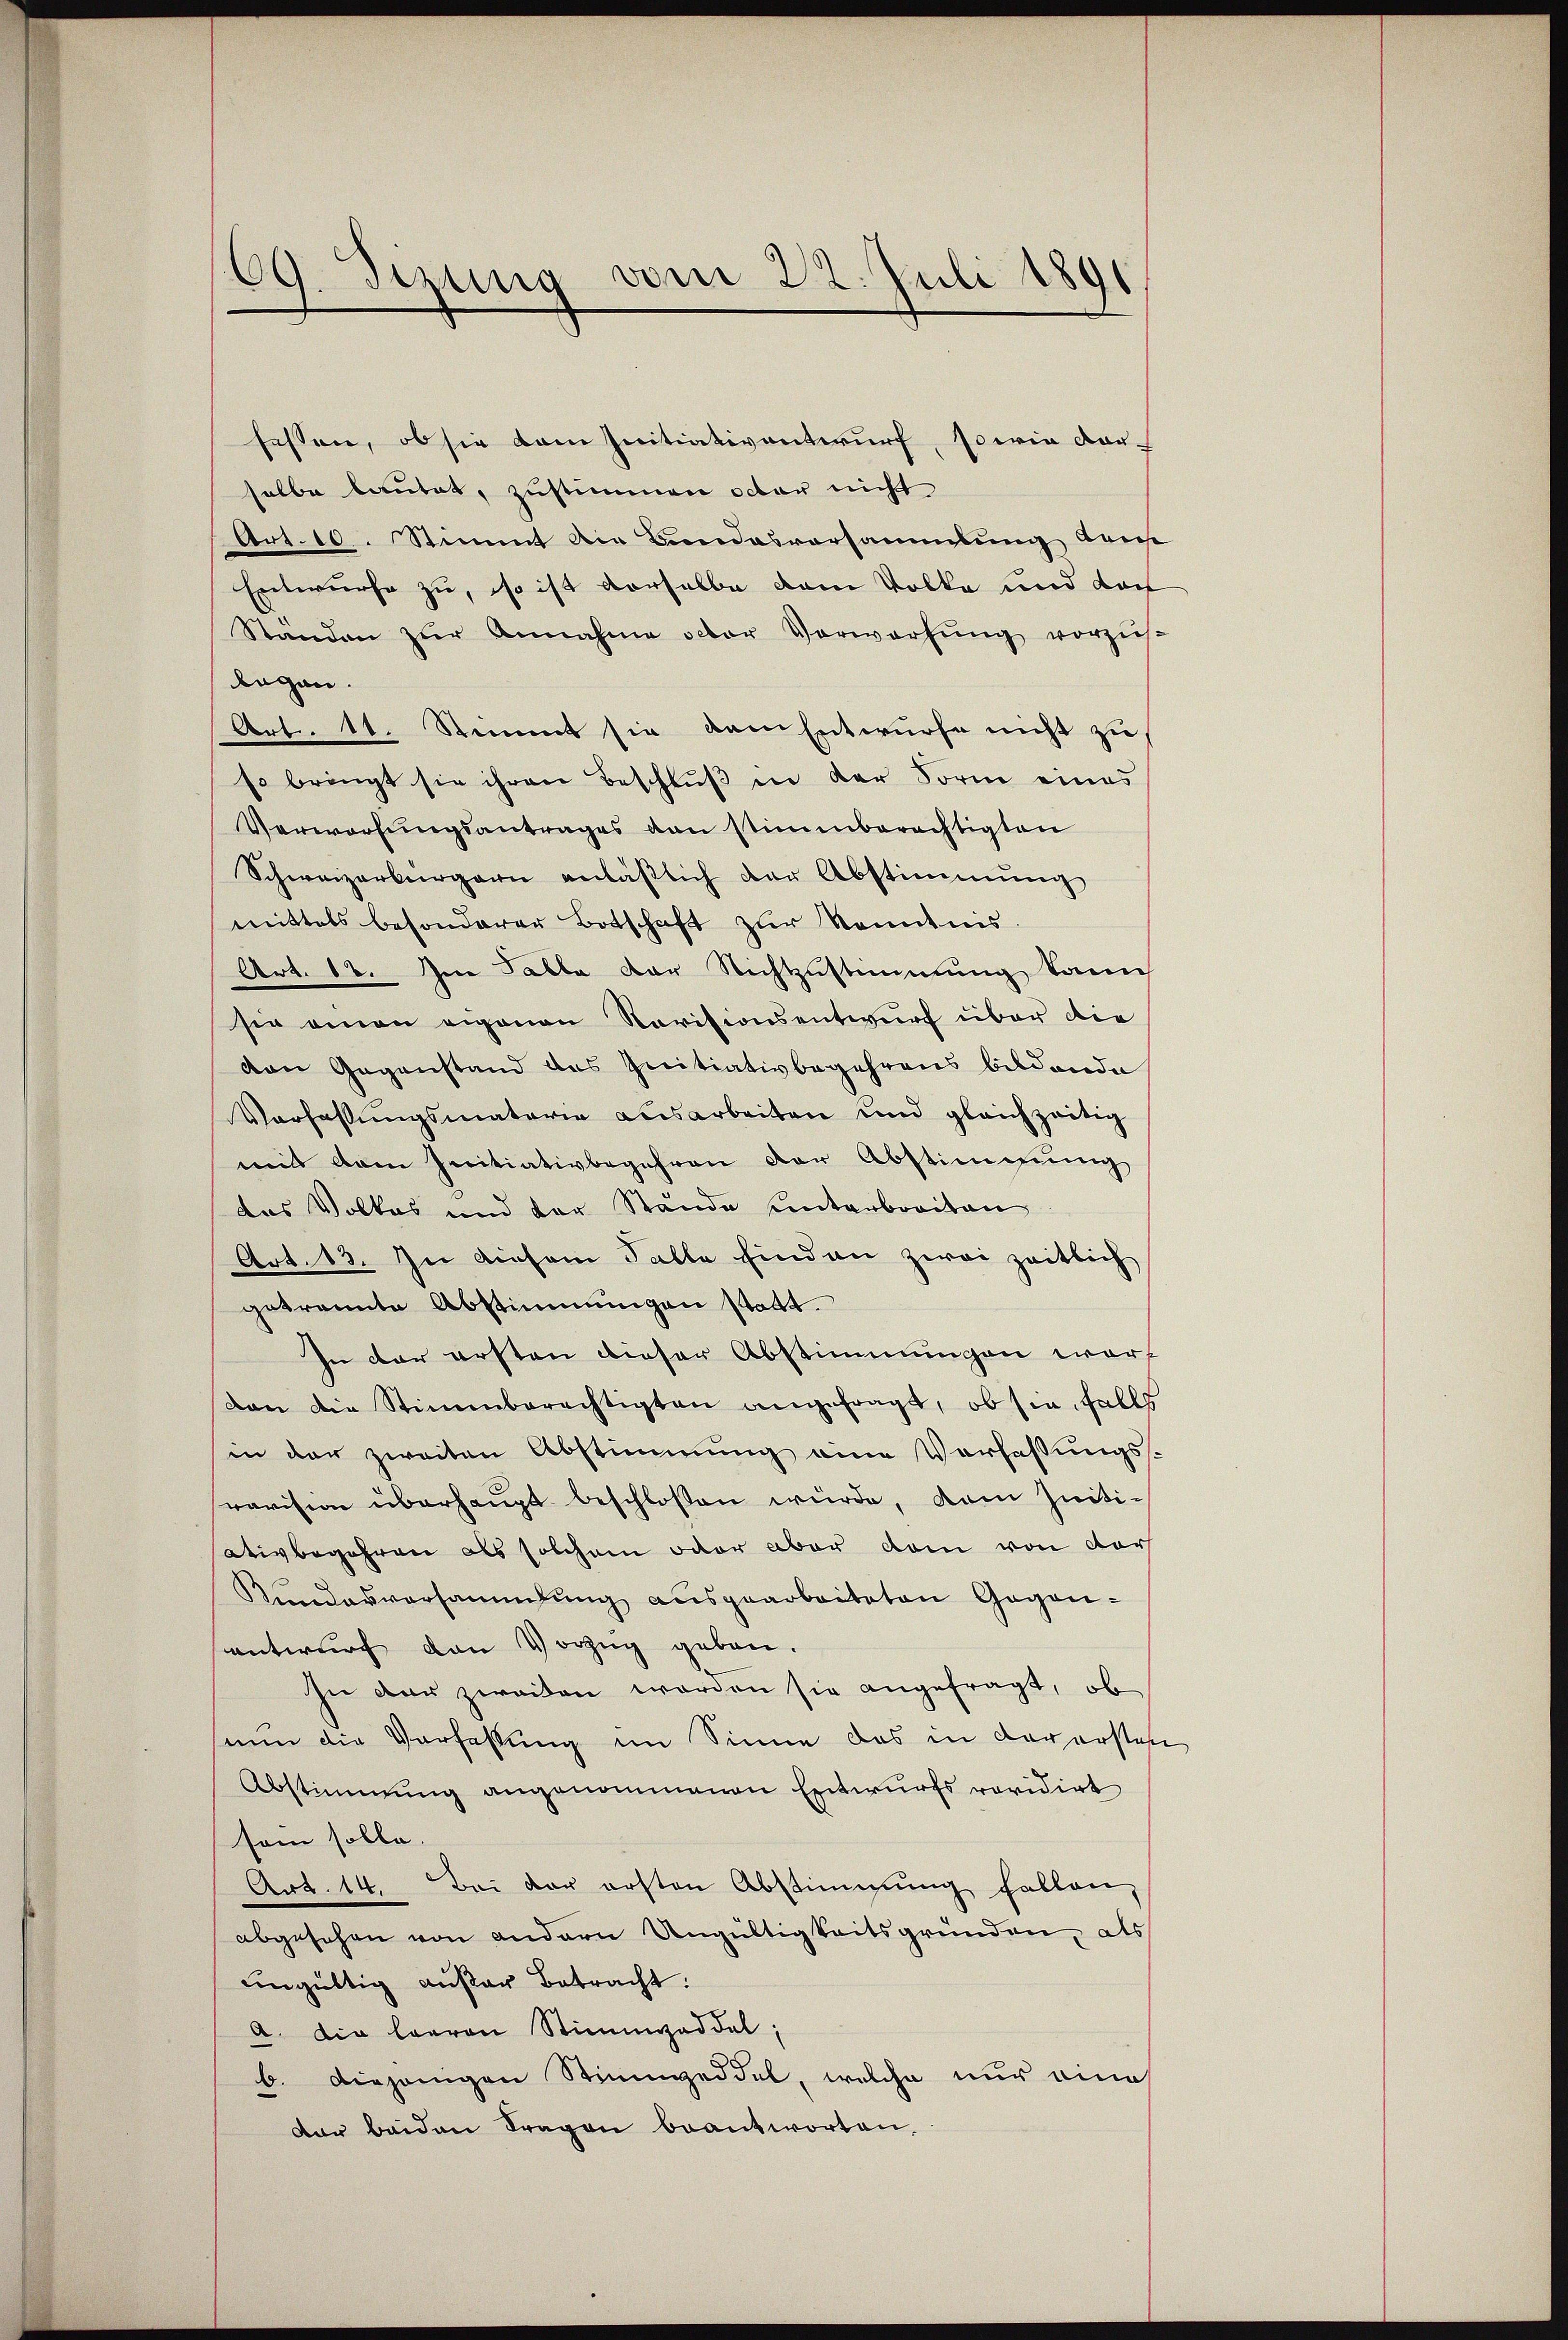
fassen, ob sie dem Initiativantwurf, sowie dar-
selbe lautet, zustimmen octor nicht
Art. 10. Stimmt die Bundesvorsammlung dans
Entwurfe zu, so ist derselbe dem Volke und dar
Standen zur Annahme octor Vorwerfung vorzus
began.
Art. 11. Stimmt sie dem Entwurfe nicht zu
so bringt sie ihren Beschluß in der Form eines
Verworfungsantrages von stimmberechtigten
Schweizerbürgern anläβlich der Abstimmung
mittels besonderer Botschaft zur Kenntnis
Art. 18. Im Falle der Richtzustimmung kann
sie einen eigenen Revisionsentwurf über die
von Gegenstand des Initiativbegehrens bildende
Verfassungsmaterie ausarbeiten und gleichzeitig
mit Aren Initiativbegehren der Abstimmung
das Volkes und der Stände unterbreiten
Art. 13. In diesem Falle sind an zwei zeitlich
getrannte Abstimmungen statt.
In der ersten dieser Abstimmungen warf
dan die Stimmberechtigten angefragt, ob sie, falls
in der zweiten Abstimmung eine Verfassungsravision überhaupt beschlossen würde, dem zeiti¬
Wivbegehren als solchem oder aber dem von der
Kundesversammlung ausgearbeiteten Gegenentwurf den Vorzug geben.
sie der zweiten worden sie angefragt, ob
nun die Verfassung im Sinne das in derersten
Abstimmung angenommenen Entwurfs revidirt
sam solle.
Art. 14. Bei der ersten Abstimmung fallen,
abgesehen von andern Ungültigkeitsgründen, als
ungültig außer Betracht:
a. Die haeren Stimmzeddel;
b. diejenigen Stimmzeddel, welche nur eine
dar beiden Fragen beantworten.

69. Tizung vom 22. Juli 1891